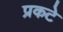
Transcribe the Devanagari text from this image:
प्रकटे